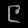
Digit: ၉